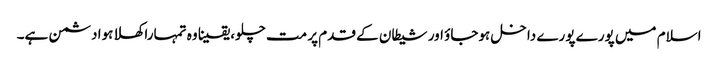
اسلام میں پورے پورے داخل ہوجاؤ اور شیطان کے قدم پر مت چلو، یقینا وہ تمہارا کھلا ہوا دشمن ہے۔